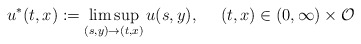
\begin{align*}u^*(t,x) := \limsup_{(s,y)\rightarrow (t,x)} u(s,y),\ \ \ \ (t,x)\in (0,\infty)\times \mathcal{O}\end{align*}